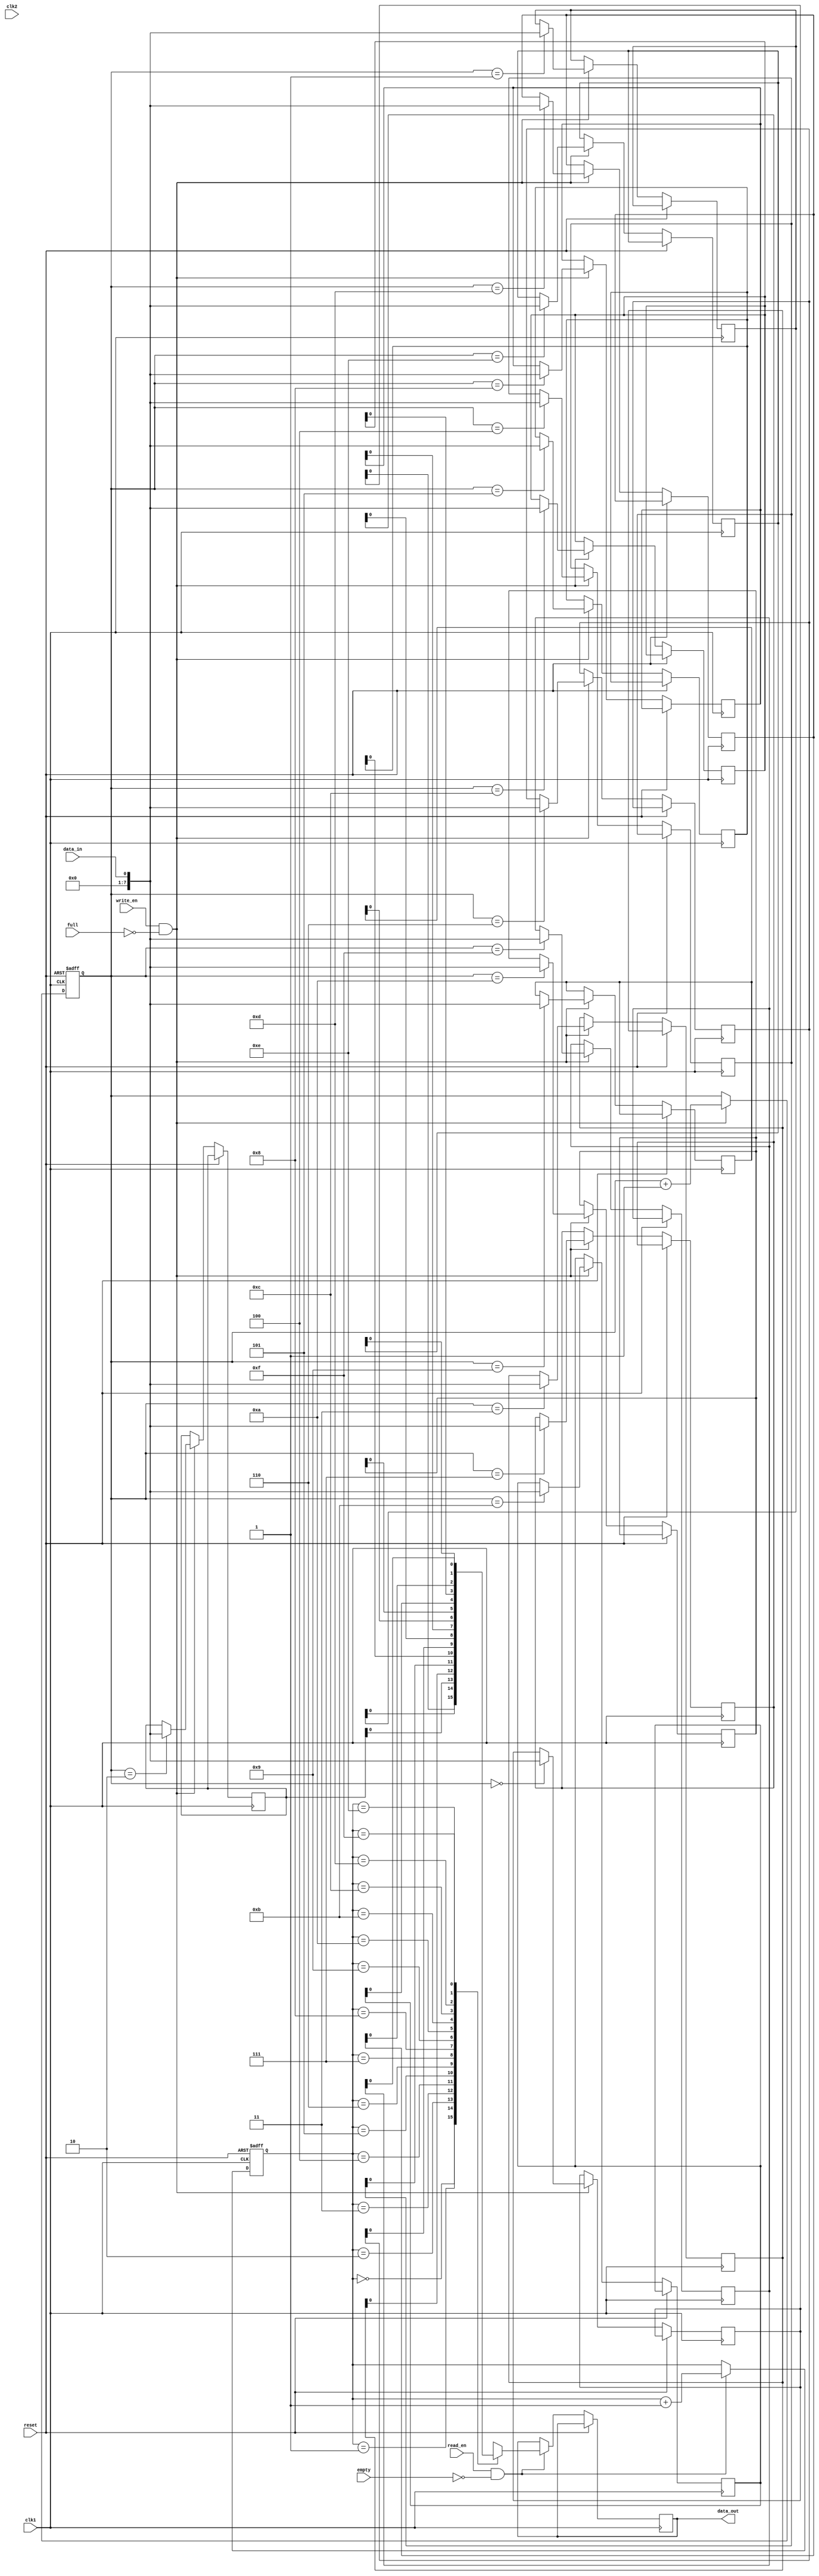
module asynchronous_fifo (
   input wire              clk1, // clock input for clock domain 1
   input wire              clk2, // clock input for clock domain 2
   input wire              reset, // reset signal
   input wire              data_in, // input data signal
   output reg              data_out, // output data signal
   input wire              empty, // flag indicating FIFO empty
   input wire              full, // flag indicating FIFO full
   input wire              read_en, // read enable signal
   input wire              write_en // write enable signal
);

reg [7:0] fifo_buffer [0:15]; // FIFO buffer with 16 entries
reg [3:0] rd_ptr; // read pointer for FIFO buffer
reg [3:0] wr_ptr; // write pointer for FIFO buffer

always @(posedge clk1 or posedge reset) begin
   if (reset) begin
      rd_ptr <= 4'b0000;
      wr_ptr <= 4'b0000;
   end else begin
      if (read_en && !empty) begin
         data_out <= fifo_buffer[rd_ptr];
         rd_ptr <= rd_ptr + 1;
      end
      if (write_en && !full) begin
         fifo_buffer[wr_ptr] <= data_in;
         wr_ptr <= wr_ptr + 1;
      end
   end
end

endmodule